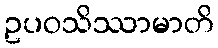
ဥပဝသိဿာမာတိ